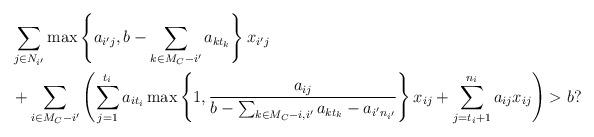
LaTeX: \begin{align*}& \sum_{j \in N_{i'}} \max \left\{a_{i'j}, b - \sum_{k \in M_C - i'} a_{k t_k} \right\} x_{i'j} \\& + \sum_{i \in M_C - i'} \left(\sum_{j =1}^{t_i} a_{i t_i} \max \left\{1, \frac{a_{ij}}{b - \sum_{k \in M_C - {i, i'}} a_{k t_k} - a_{i' n_{i'}}}\right\} x_{ij} + \sum_{j=t_i+1}^{n_i} a_{ij} x_{ij} \right) > b?\end{align*}